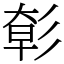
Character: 㣏